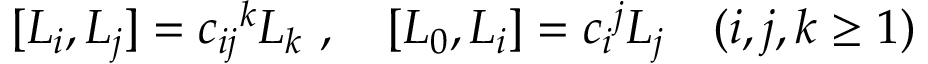
[ { \cal L } _ { i } , { \cal L } _ { j } ] = { c _ { i j } } ^ { k } { \cal L } _ { k } \ , \quad [ { \cal L } _ { 0 } , { \cal L } _ { i } ] = { c _ { i } } ^ { j } { \cal L } _ { j } \quad ( i , j , k \geq 1 )